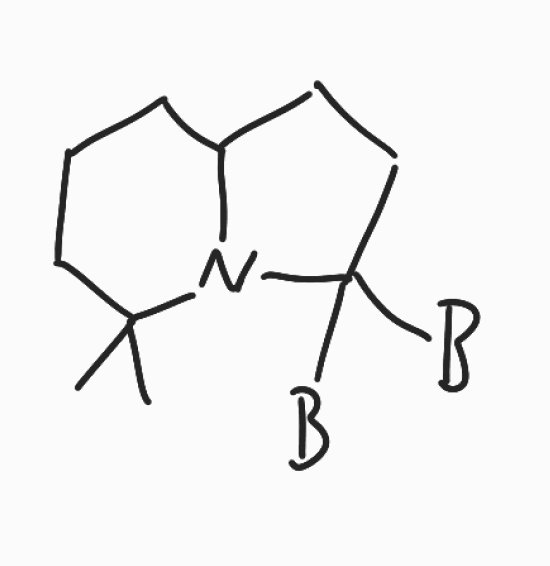
Simplified molecular-input line-entry system (SMILES) notation of the given molecule:
[B]C1(CCC2N1C(CCC2)(C)C)[B]